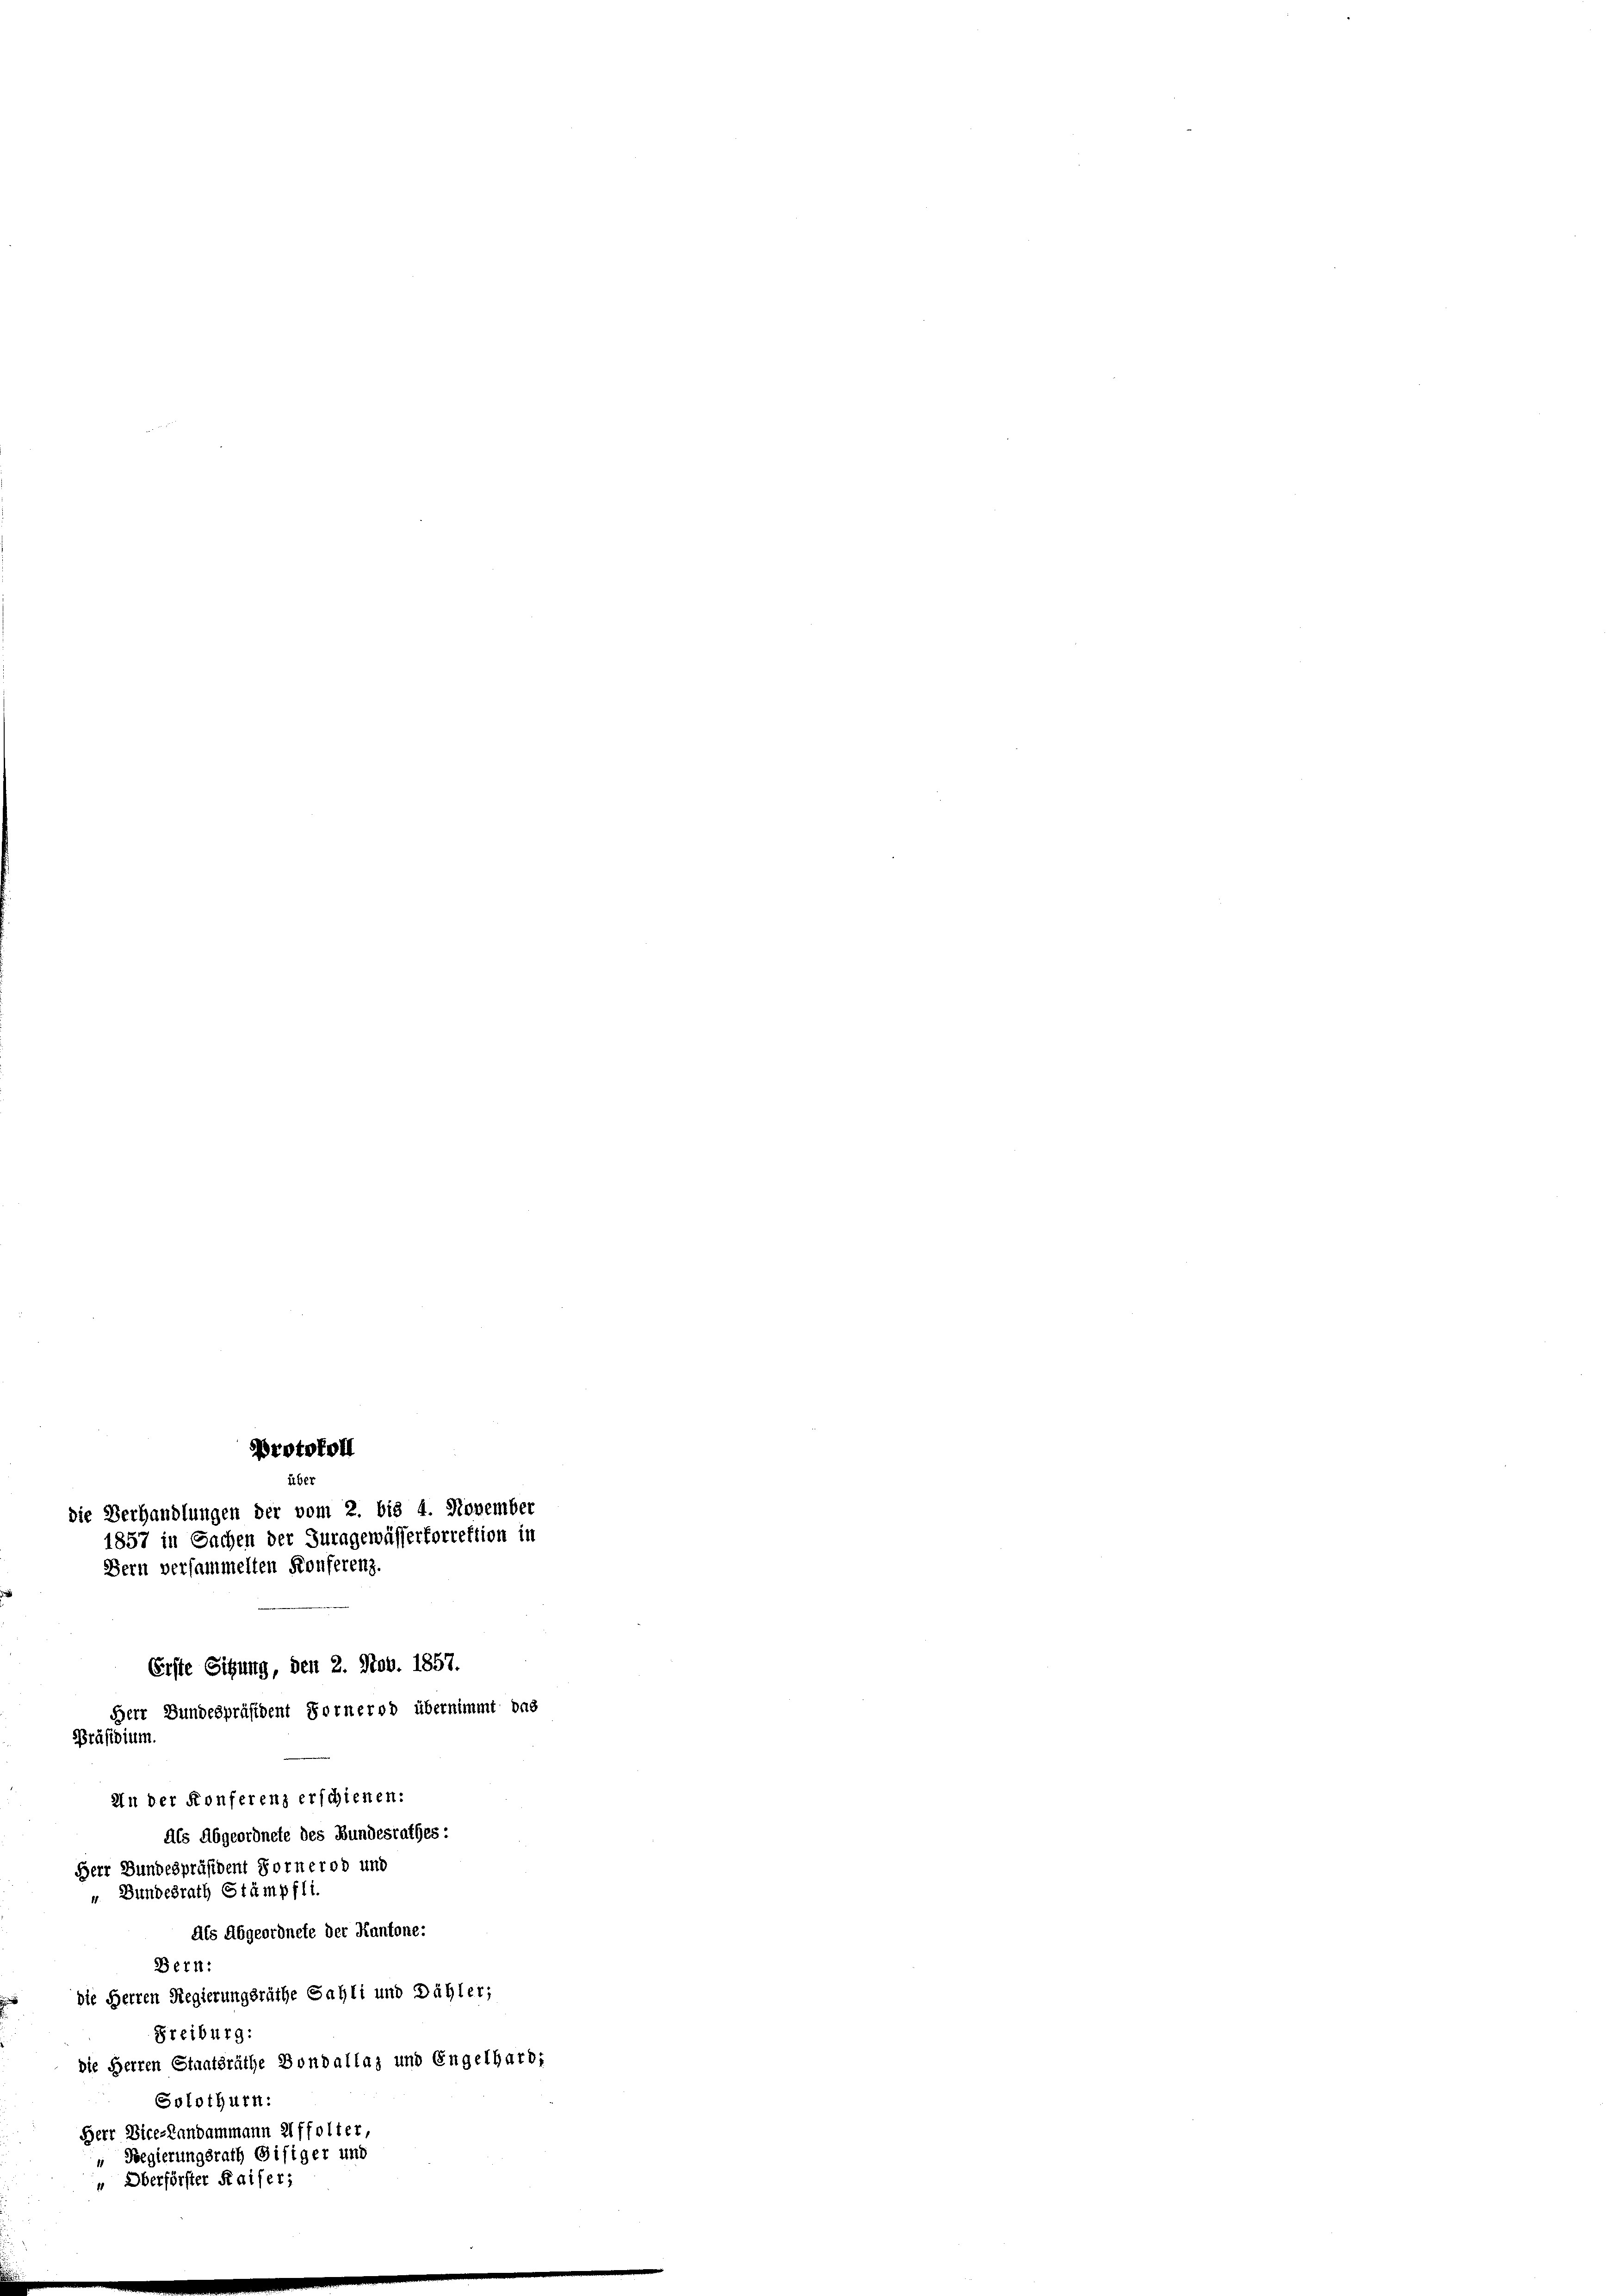
Solothurn.
Herr Vice-Landammann Affolter
" Regierungsrath Gifiger und
" Oberförster Kaiser.

die Verhandlungen der vom 2. bis 4. November
1857 in Sachen der Juragewässertorrektion in
Bern versammelten Konferenz.
Erste Sitzung, den 2. Nov. 1857.
Herr Bundespräsident Fornerod übernimmt das
Präsidium.
An der Konferenz erschienen:
Als Abgeordnete des Bundesrathes:
Herr Bundespräsident Fornerod und
". Bundesrath Stämpfli
Als Abgeordnete der Kantone:
Bern:
die Herren Regierungsräthe Sahli und Dähler;
Freiburg:
die Herren Staatsräthe Dondallas und Engelhard,

Protokoll
über